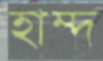
হাম্দ